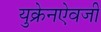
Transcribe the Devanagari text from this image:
युक्रेनऐवजी